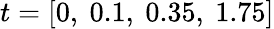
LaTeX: t=[0,\ 0.1,\ 0.35,\ 1.75]